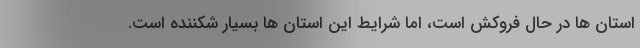
استان ها در حال فروکش است، اما شرایط این استان ها بسیار شکننده است.